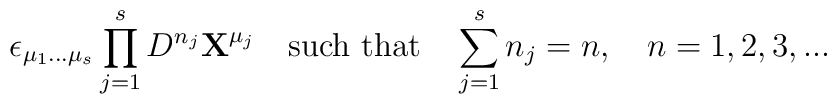
\epsilon_{\mu_1 ...\mu_s}\prod^s_{j=1} D^{n_j}{\bf X}^{\mu_j}\quad \hbox{such that}\quad\sum^s_{j=1} n_j =n, \quad n=1,2,3,...